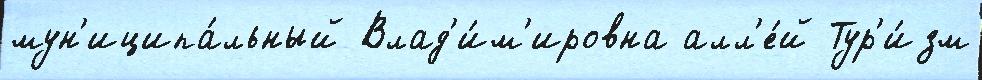
мун'иципа́льный Влад'и́м'ировна алл'е́й Тур'и́зм